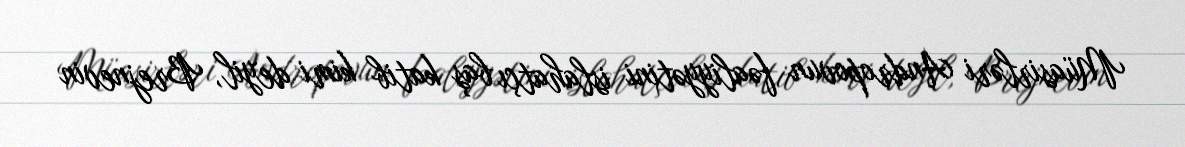
Müasirləri Andropovun fəaliyyətini islahatçı baş katib kimi deyil, Brejnevin